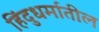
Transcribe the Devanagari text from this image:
हिंदुधर्मातील